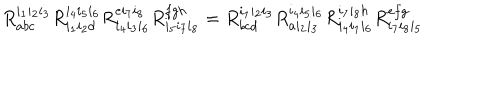
LaTeX: R _ { a b c } ^ { i _ { 1 } i _ { 2 } i _ { 3 } } R _ { i _ { 1 } i _ { 2 } d } ^ { i _ { 4 } i _ { 5 } i _ { 6 } } R _ { i _ { 4 } i _ { 3 } i _ { 6 } } ^ { e i _ { 7 } i _ { 8 } } R _ { i _ { 5 } i _ { 7 } i _ { 8 } } ^ { f g h } = R _ { b c d } ^ { i _ { 1 } i _ { 2 } i _ { 3 } } R _ { a i _ { 2 } i _ { 3 } } ^ { i _ { 4 } i _ { 5 } i _ { 6 } } R _ { i _ { 4 } i _ { 1 } i _ { 6 } } ^ { i _ { 7 } i _ { 8 } h } R _ { i _ { 7 } i _ { 8 } i _ { 5 } } ^ { e f g }